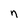
Character: n